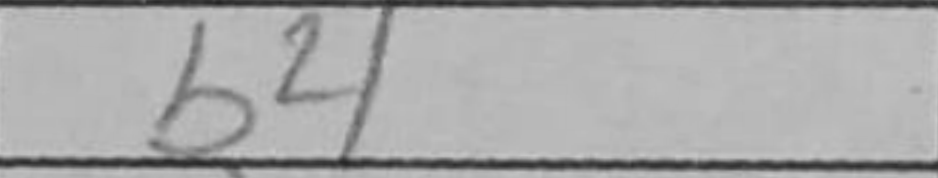
Transcription: b4